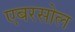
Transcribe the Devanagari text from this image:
एबरसोल